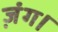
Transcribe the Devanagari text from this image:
ज़ंग।